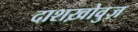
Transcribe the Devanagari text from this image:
दाशख़ोवुज़